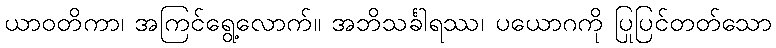
ယာဝတိကာ၊ အကြင်ရွေ့လောက်။ အဘိသင်္ခါရဿ၊ ပယောဂကို ပြုပြင်တတ်သော